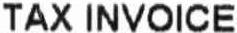
TAX INVOICE